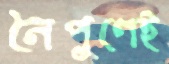
নৈপুণেই